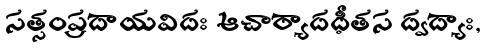
సత్సంప్రదాయవిదః ఆచార్యాదధీతస ద్వద్యాః,